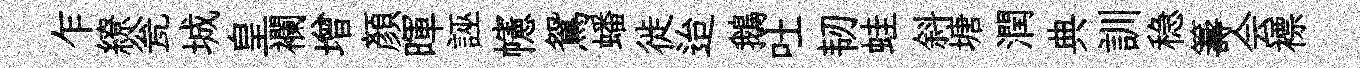
乍繚瓮城皇襴增顔暉誣幰鴛蟠徙迨鵝吐韧蛙斜塘潤典訓稳籌会褾